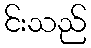
င်းသည်